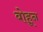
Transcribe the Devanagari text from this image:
बोहून